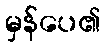
မှန်ပေ၏